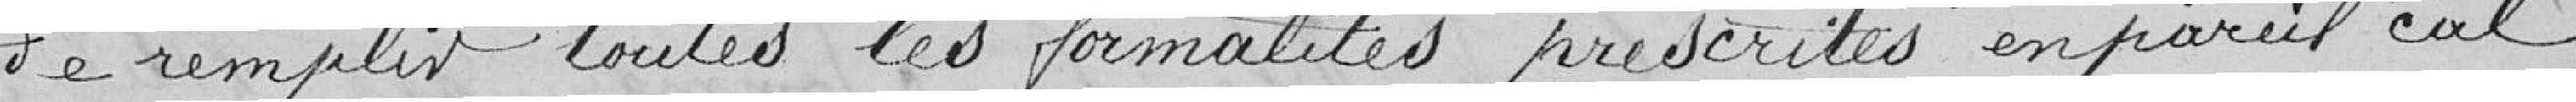
de remplir toutes les formalités prescrites en pareil cas.